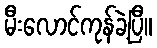
မီးလောင်ကုန်ခဲ့ပြီ။